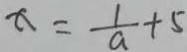
x = \frac { 1 } { a } + 5